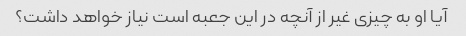
آیا او به چیزی غیر از آنچه در این جعبه است نیاز خواهد داشت؟